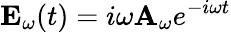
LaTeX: \mathbf{E}_{\omega}(t)=i\omega\mathbf{A}_{\omega}e^{-i\omega t}